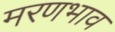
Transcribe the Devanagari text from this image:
मरणभाव